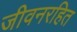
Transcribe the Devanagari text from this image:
जीवनरहित